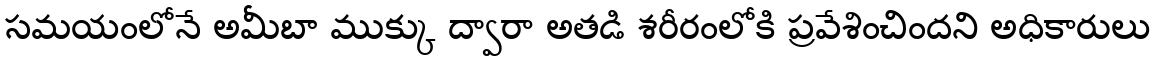
సమయంలోనే అమీబా ముక్కు ద్వారా అతడి శరీరంలోకి ప్రవేశించిందని అధికారులు